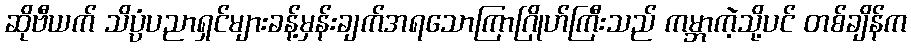
ဆိုဗီယက် သိပ္ပံပညာရှင်များခန့်မှန်းချက်အရသောကြာဂြိုဟ်ကြီးသည် ကမ္ဘာကဲ့သို့ပင် တစ်ချိန်က